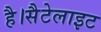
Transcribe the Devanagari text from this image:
है।सैटेलाइट